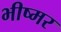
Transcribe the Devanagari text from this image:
भीष्मर